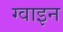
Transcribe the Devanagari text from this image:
ग्वाइन